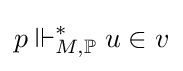
p\Vdash _{M,\mathbb {P} }^{*}u\in v